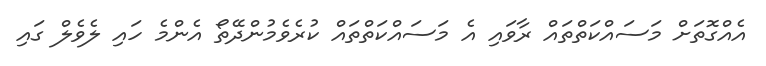
އެއްގޮތަށް މަސައްކަތްތައް ރާވައި އެ މަސައްކަތްތައް ކުރެވެމުންދޭތޯ އެންމެ ހައި ލެވެލް ގައި